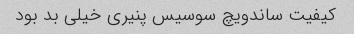
کیفیت ساندویچ سوسیس پنیری خیلی بد بود